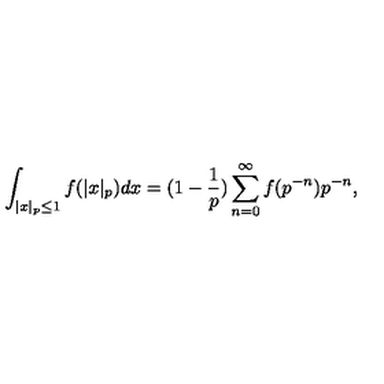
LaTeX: \int _ { | x | _ { p } \le 1 } f ( | x | _ { p } ) d x = ( 1 - \frac 1 p ) \sum _ { n = 0 } ^ { \infty } f ( p ^ { - n } ) p ^ { - n } ,